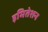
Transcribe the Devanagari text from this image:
इमितेशन